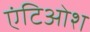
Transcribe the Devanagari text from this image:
एंटिओश